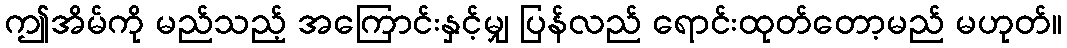
ဤအိမ်ကို မည်သည့် အကြောင်းနှင့်မျှ ပြန်လည် ရောင်းထုတ်တော့မည် မဟုတ်။